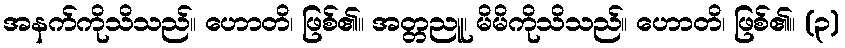
အနက်ကိုသိသည်။ ဟောတိ၊ ဖြစ်၏။ အတ္တညူ၊ မိမိကိုသိသည်။ ဟောတိ၊ ဖြစ်၏။ (၃)